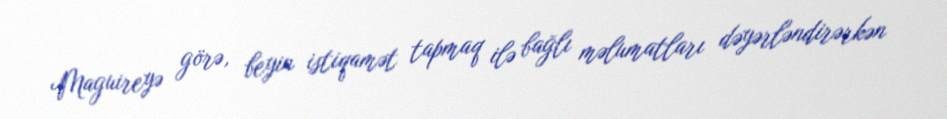
Maguireyə görə, beyin istiqamət tapmaq ilə bağlı məlumatları dəyərləndirərkən